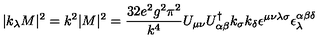
| k _ { \lambda } M | ^ { 2 } = k ^ { 2 } | M | ^ { 2 } = \frac { 3 2 e ^ { 2 } g ^ { 2 } \pi ^ { 2 } } { k ^ { 4 } } U _ { \mu \nu } U _ { \alpha \beta } ^ { \dag } k _ { \sigma } k _ { \delta } \epsilon ^ { \mu \nu \lambda \sigma } \epsilon _ { \lambda } ^ { \alpha \beta \delta }